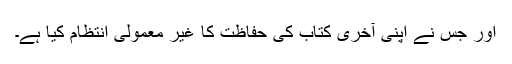
اور جس نے اپنی آخری کتاب کی حفاظت کا غیر معمولی انتظام کیا ہے۔